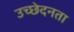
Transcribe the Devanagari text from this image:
उच्छेदनता